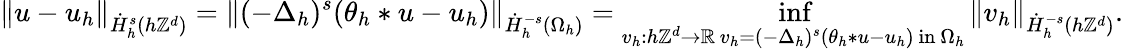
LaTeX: \| u-u_{h}\| _{\dot{H}_{h}^{s}(h\mathbb{Z}^{d})}=\| (-\Delta_{h})^{s}(\theta_{h}*u-u_{h})\| _{\dot{H}_{h}^{-s}(\Omega_{h})}=\operatorname*{inf}_{\substack{v_{h}\colon h\mathbb{Z}^{d}\to\mathbb{R}\, v_{h}=(-\Delta_{h})^{s}(\theta_{h}*u-u_{h})\mathrm{~in~}\Omega_{h}}}\| v_{h}\| _{\dot{H}_{h}^{-s}(h\mathbb{Z}^{d})}.